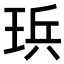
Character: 𪻤